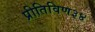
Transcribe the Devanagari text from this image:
प्रीतिविण३४